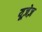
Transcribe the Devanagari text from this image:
यूज़ेज़